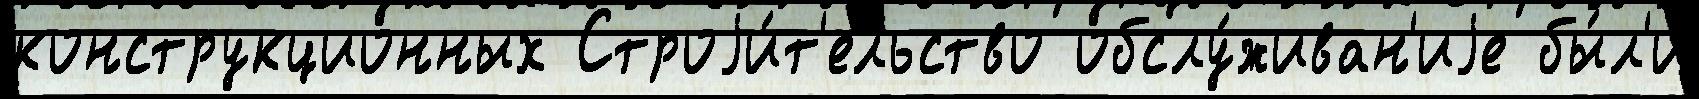
конструкционных Строjи́т'ельство обслу́живан'иjе бы́л'и